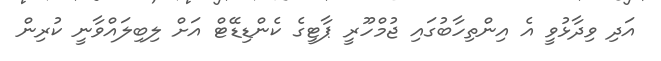
އަދި ވިދާޅުވީ އެ އިންތިހާބުގައި ޖުމްހޫރީ ޕާޓީގެ ކެންޑިޑޭޓް އަށް ލިބިލައްވާނީ ކުރިން